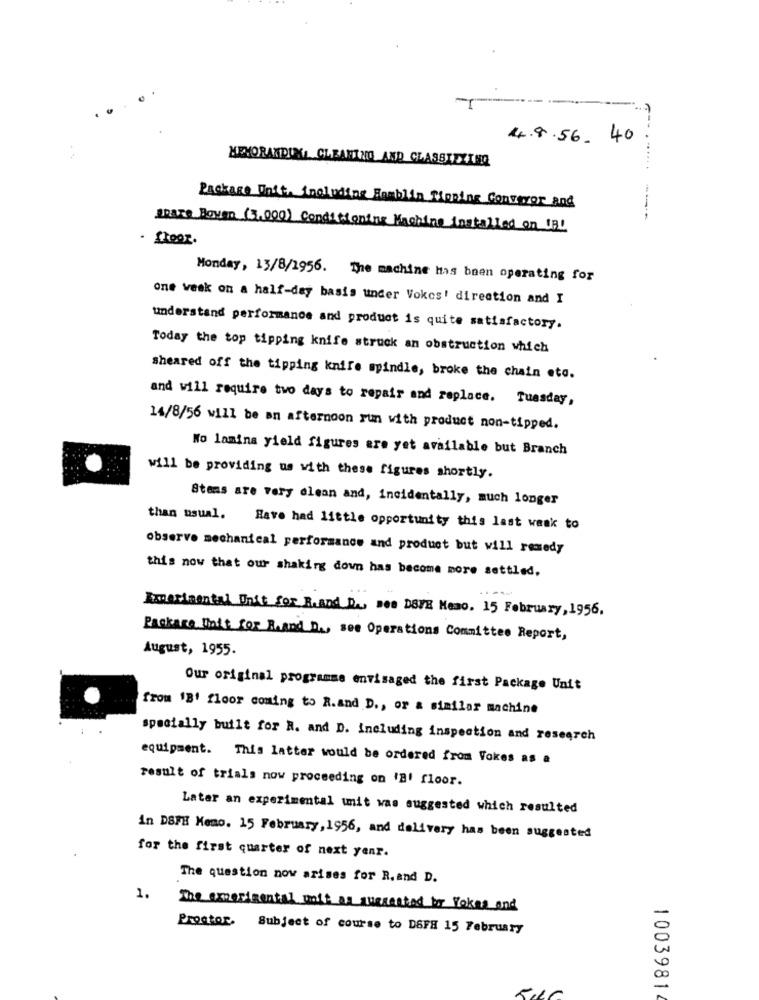
4.8.56.40
MEMORANDUML CLEANING AND CLASSICZINO
Package Unit, including Hamblin Moning Converor and
SPATE Boven (3,000) Conditioning Machine installed on URL
. floor.
Monday, 13/8/2956. The machine has been operating for
one week on a half-day basis under Vokes! direction and I
understand performance and product is quite satisfactory.
Today the top tipping knife struck an obstruction which
sheared off the tipping knife spindle, broke the chain eta.
and will require two days to repair and replace. Tuesday,
14/8/56 will be an afternoon run with product non-tipped.
No lamina yield figures are yet available but Branch
will be providing us with these figures shortly.
Stems are very clean and, incidentally, much longer
than usual. Have had little opportunity this last weak to
observe mechanical performance and product but will remedy
this now that our shaking down has become more settled,
Emerimental Unit for R.and D ., Des DOVE Memo. 15 February, 1956.
Package Finit for Rand D ., see Operations Committee Report,
August, 1955.
Our original programme envisaged the first Package Unit
from 1B' floor coming to R.and D ., or a similar machine
specially built for R. and D. including inspection and research
equipment. This latter would be ordered from Vokes as a
result of trials now proceeding on 'B' floor.
Later an experimental unit was suggested which resulted
in DSFH Kemo. 15 February, 1956, and delivery has been suggested
for the first quarter of next year.
The question now arises for R. and D.
1.
The emprimental mit as querented bor Poker and
Prostor. Subject of course to DSFH 15 February
1003981
5,